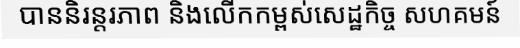
បាននិរន្តរភាព និងលើកកម្ពស់សេដ្ឋកិច្ច សហគមន៍